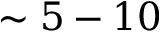
\sim 5 - 1 0